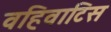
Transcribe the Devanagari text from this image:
वहिवाटिस